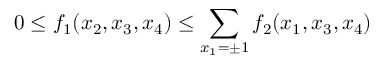
0 \le f _ { 1 } ( x _ { 2 } , x _ { 3 } , x _ { 4 } ) \le \sum _ { x _ { 1 } = \pm 1 } f _ { 2 } ( x _ { 1 } , x _ { 3 } , x _ { 4 } )